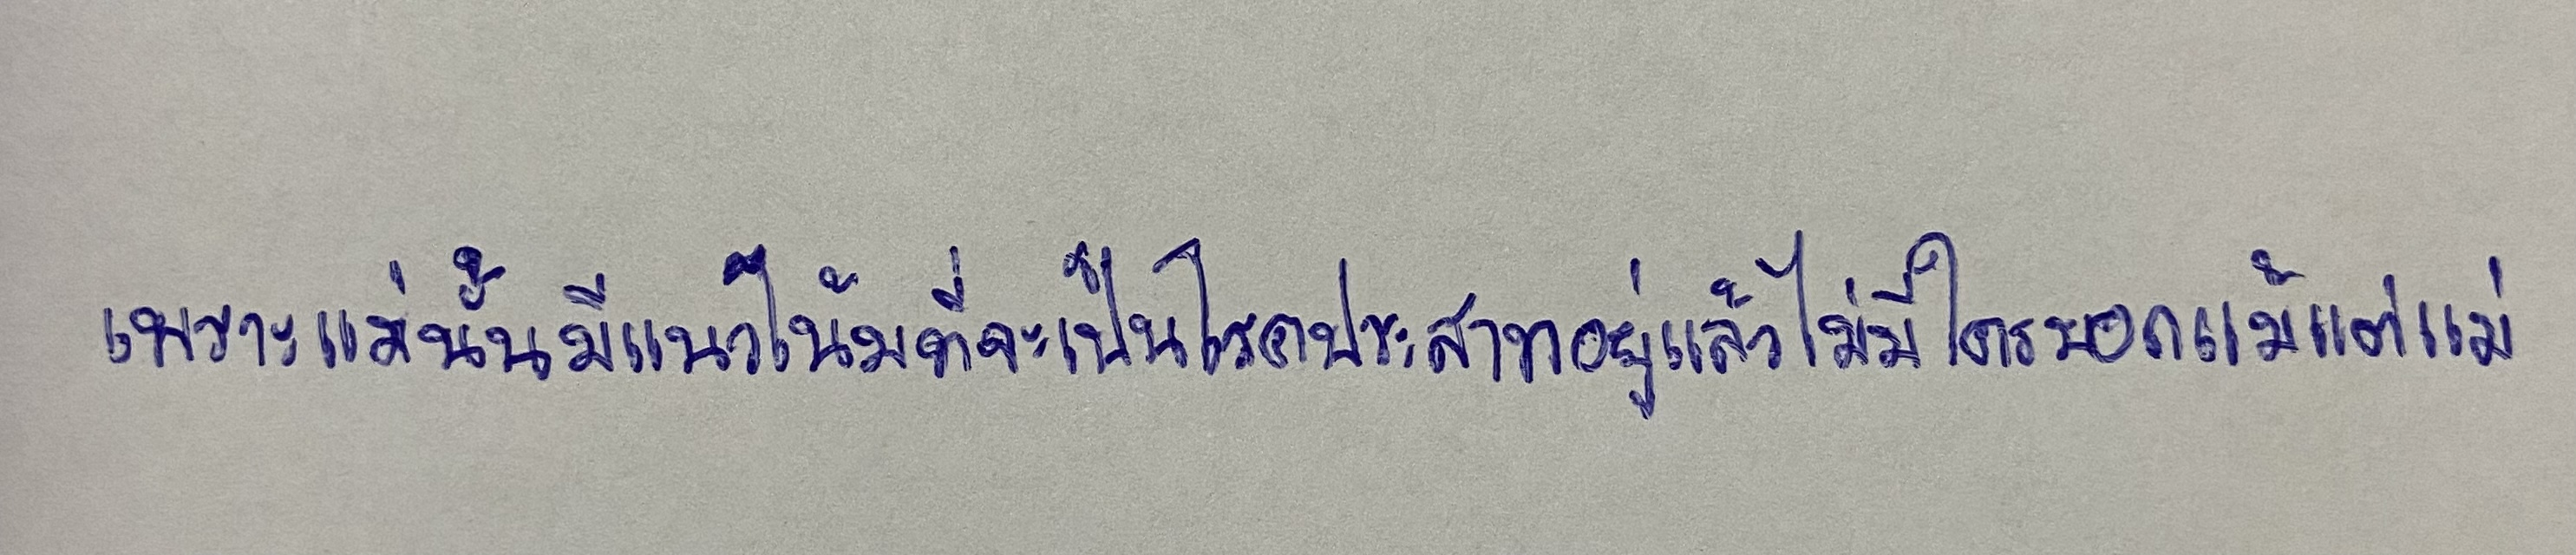
เพราะแม่นั้นมีแนวโน้มที่จะเป็นโรคประสาทอยู่แล้วไม่มีใครบอกแม้แต่แม่